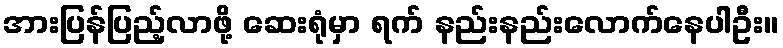
အားပြန်ပြည့်လာဖို့ ဆေးရုံမှာ ရက် နည်းနည်းလောက်နေပါဦး။